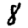
Digit: 8